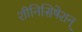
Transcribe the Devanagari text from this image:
शीनिसिषेशन्